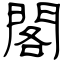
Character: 閣